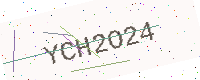
Text: YCH2O24